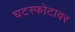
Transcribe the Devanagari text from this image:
घटस्फोटावर